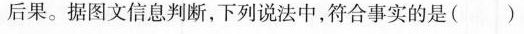
后果。据图文信息判断，下列说法中，符合事实的是( )。